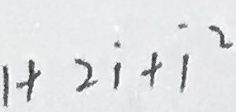
1 + 2 \dot { 1 } + \dot { 1 } ^ { 2 }